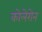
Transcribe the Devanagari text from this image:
कोलेरोन